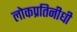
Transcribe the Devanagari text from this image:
लोकप्रतिनीधी